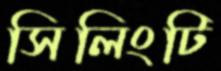
সিলিংটি